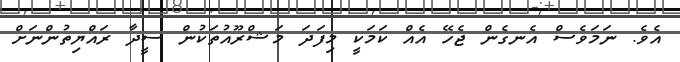
އެވެ. ނަމަވެސް އެނގެން ޖެހޭ އެއް ކަމަކީ މިފަދަ މަޝްރޫއުތަކުން ސީދާ ރައްޔިތުންނަށް